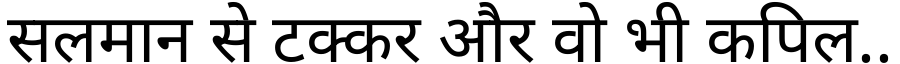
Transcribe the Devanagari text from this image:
सलमान से टक्कर और वो भी कपिल..